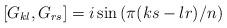
LaTeX: \begin{align*}\left[ G_{kl},G_{rs}\right] =i\sin \left( \pi (ks-lr)/n\right) \end{align*}